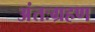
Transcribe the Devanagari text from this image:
अंतःग्रहण